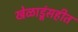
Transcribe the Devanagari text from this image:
खेळाडूंसहीत